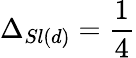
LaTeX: \Delta_{Sl(d)}=\frac{1}{4}